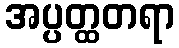
အပ္ပတ္ထတရာ